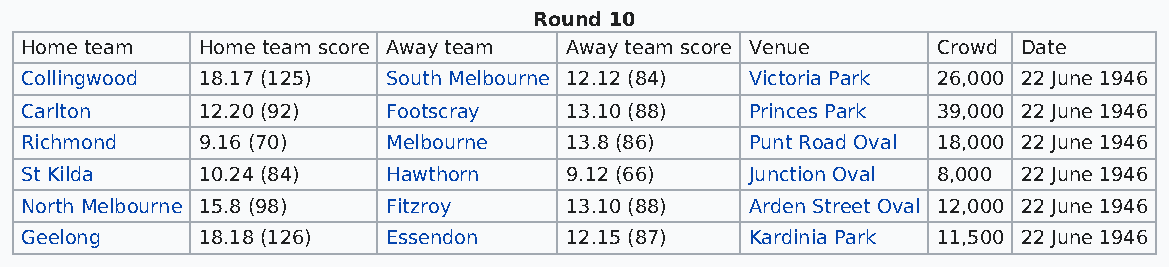
Round 10
 Home team   Home team score Away team Away team score Venue  Crowd Date
 Collingwood 18.17 (125)  South Melbourne 12.12 (84) Victoria Park 26,000 22 June 1946
 Carlton     12.20 (92)   Footscray  13.10 (88)   Princes Park 39,000 22 June 1946
 Richmond    9.16 (70)    Melbourne  13.8 (86)    Punt Road Oval 18,000 22 June 1946
 St Kilda    10.24 (84)   Hawthorn   9.12 (66)    Junction Oval 8,000 22 June 1946
 North Melbourne 15.8 (98) Fitzroy   13.10 (88)   Arden Street Oval 12,000 22 June 1946
 Geelong     18.18 (126)  Essendon   12.15 (87)   Kardinia Park 11,500 22 June 1946